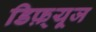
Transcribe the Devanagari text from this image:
डिफ़्यूज